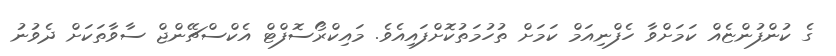
ގެ ކުންފުންޏެއް ކަމަށްވާ ހެފްނިއަމް ކަމަށް ތުހުމަތުކޮށްފައިއެވެ. މައިކްރޯސޮފްޓް އެކްސްޗޭންޖް ސާވާތަކަށް ދެވުނު